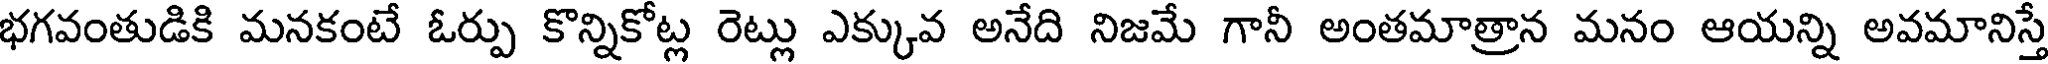
భగవంతుడికి మనకంటే ఓర్పు కొన్నికోట్ల రెట్లు ఎక్కువ అనేది నిజమే గానీ అంతమాత్రాన మనం ఆయన్ని అవమానిస్తే